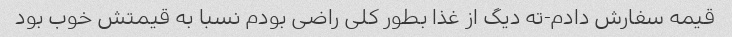
قیمه سفارش دادم-ته دیگ از غذا بطور کلی راضی بودم نسبا به قیمتش خوب بود